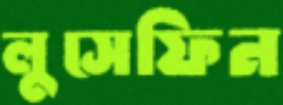
লুসেফিন